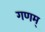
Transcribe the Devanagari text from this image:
गणम्